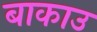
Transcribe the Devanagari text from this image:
बाकाउ